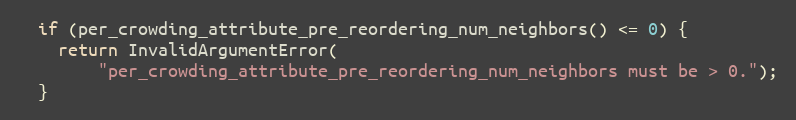
Language: C++
  if (per_crowding_attribute_pre_reordering_num_neighbors() <= 0) {
    return InvalidArgumentError(
        "per_crowding_attribute_pre_reordering_num_neighbors must be > 0.");
  }